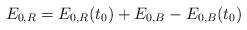
LaTeX: \begin{align*}E_{0,R}=E_{0,R}(t_0)+E_{0,B}-E_{0,B}(t_0)\end{align*}